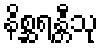
နိစ္ဆရန္တီသု